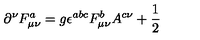
\partial ^ { \nu } F _ { \mu \nu } ^ { a } = g \epsilon ^ { a b c } F _ { \mu \nu } ^ { b } A ^ { c \nu } + \frac 1 2